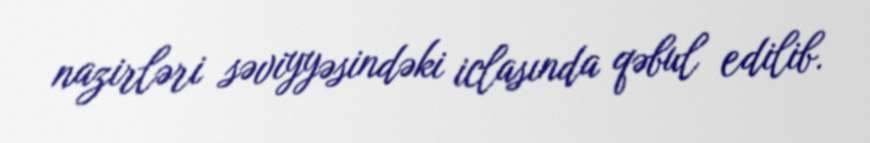
nazirləri səviyyəsindəki iclasında qəbul edilib.